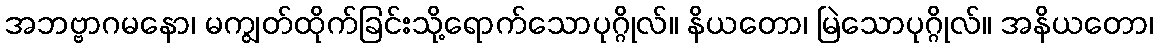
အဘဗ္ဗာဂမနော၊ မကျွတ်ထိုက်ခြင်းသို့ရောက်သောပုဂ္ဂိုလ်။ နိယတော၊ မြဲသောပုဂ္ဂိုလ်။ အနိယတော၊